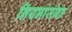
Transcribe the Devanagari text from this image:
नियमांसोबत